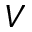
V